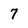
Character: 7